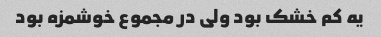
یه کم خشک بود ولی در مجموع خوشمزه بود